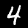
Digit: 4